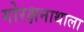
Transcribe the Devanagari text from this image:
गोरक्षनाथाला